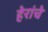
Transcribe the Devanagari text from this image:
हेरांचे